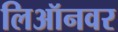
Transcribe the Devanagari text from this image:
लिऑनवर